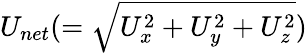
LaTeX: U_{net}(=\sqrt{U_{x}^{2}+U_{y}^{2}+U_{z}^{2}})